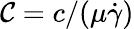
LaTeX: \mathcal{C}=c/(\mu\dot{{\gamma}})